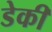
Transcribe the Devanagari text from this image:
डेकी